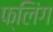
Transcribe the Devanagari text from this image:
फ्लिंग